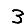
Digit: 3